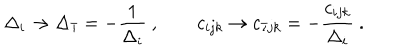
\Delta _ { i } \rightarrow \Delta _ { \bar { \imath } } = - { \frac { 1 } { \Delta _ { i } } } \ , \qquad c _ { i j k } \rightarrow c _ { \bar { \imath } j k } = - { \frac { c _ { i j k } } { \Delta _ { i } } } \ .